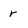
Character: r